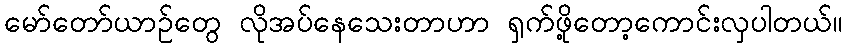
မော်တော်ယာဉ်တွေ လိုအပ်နေသေးတာဟာ ရှက်ဖို့တော့ကောင်းလှပါတယ်။